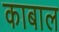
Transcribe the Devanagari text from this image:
काबाल